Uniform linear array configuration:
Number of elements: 32
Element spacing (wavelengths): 0.25
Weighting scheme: uniform
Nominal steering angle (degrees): -15
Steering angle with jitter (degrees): -16.519
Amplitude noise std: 0.05
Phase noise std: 0.05

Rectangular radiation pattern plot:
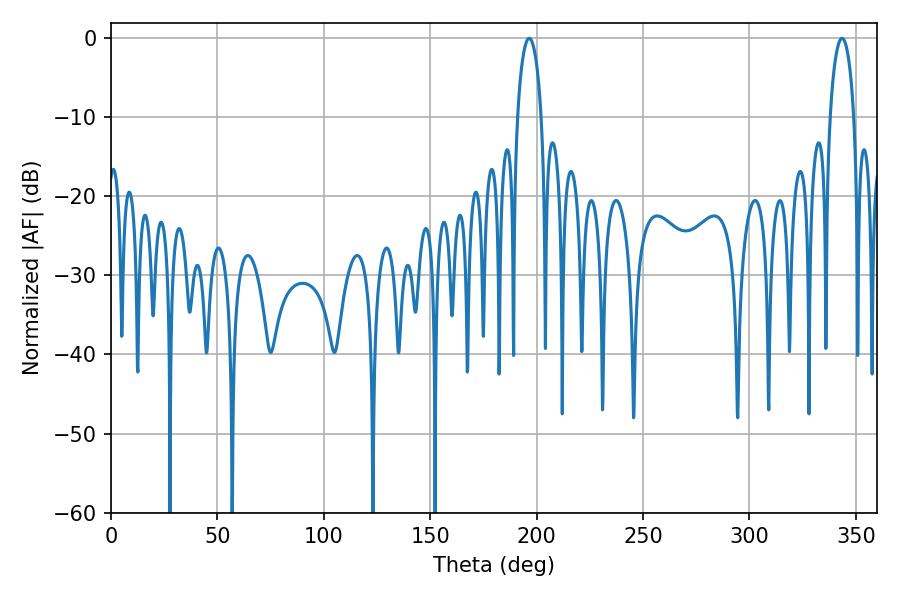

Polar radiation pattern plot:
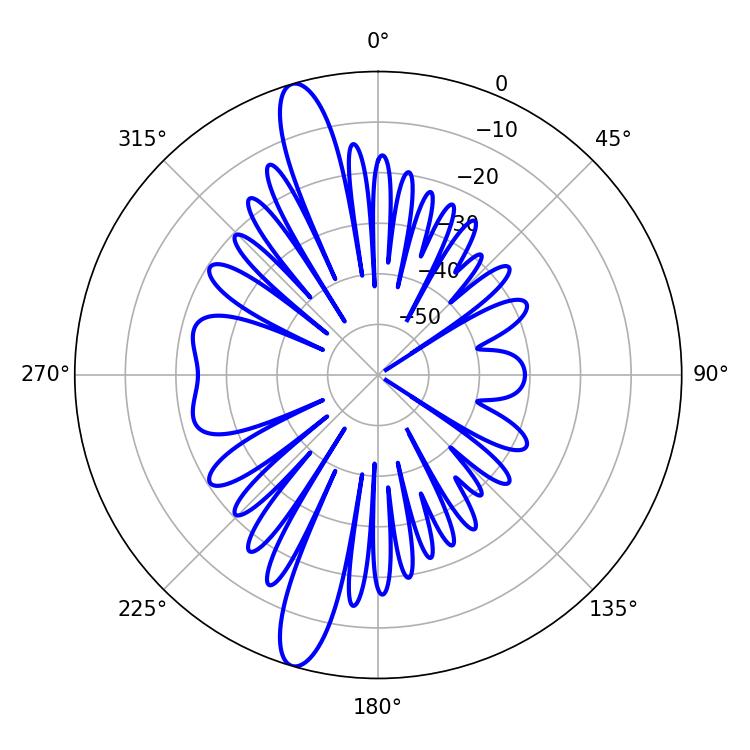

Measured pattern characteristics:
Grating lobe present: FALSE
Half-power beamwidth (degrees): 6.48
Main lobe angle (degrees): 196.56